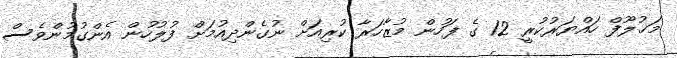
މަޚުލޫފް ހައްޔަރުކުރީ 12 ގެ ފަހުން މުޒާހަރާ ކުރިއަށް ނުގެންދިއުމަށް ފުލުހުން އެންގުމުންވެސް